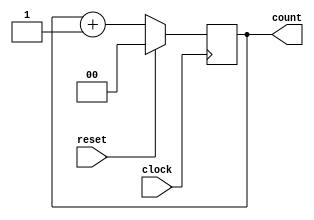
module binary_counter (
    input wire clock,         // Clock input
    input wire reset,         // Synchronous reset input
    output reg [1:0] count    // 2-bit counter output
);

// Always block triggered on the rising edge of clock or when reset is high
always @(posedge clock) begin
    if (reset) begin
        count <= 2'b00;      // Reset the counter to 0
    end else begin
        count <= count + 1;  // Increment the counter
    end
end

endmodule